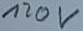
Text: 120V